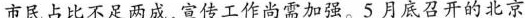
市民占比不足两成，宣传工作尚需加强。5月底召开的北京